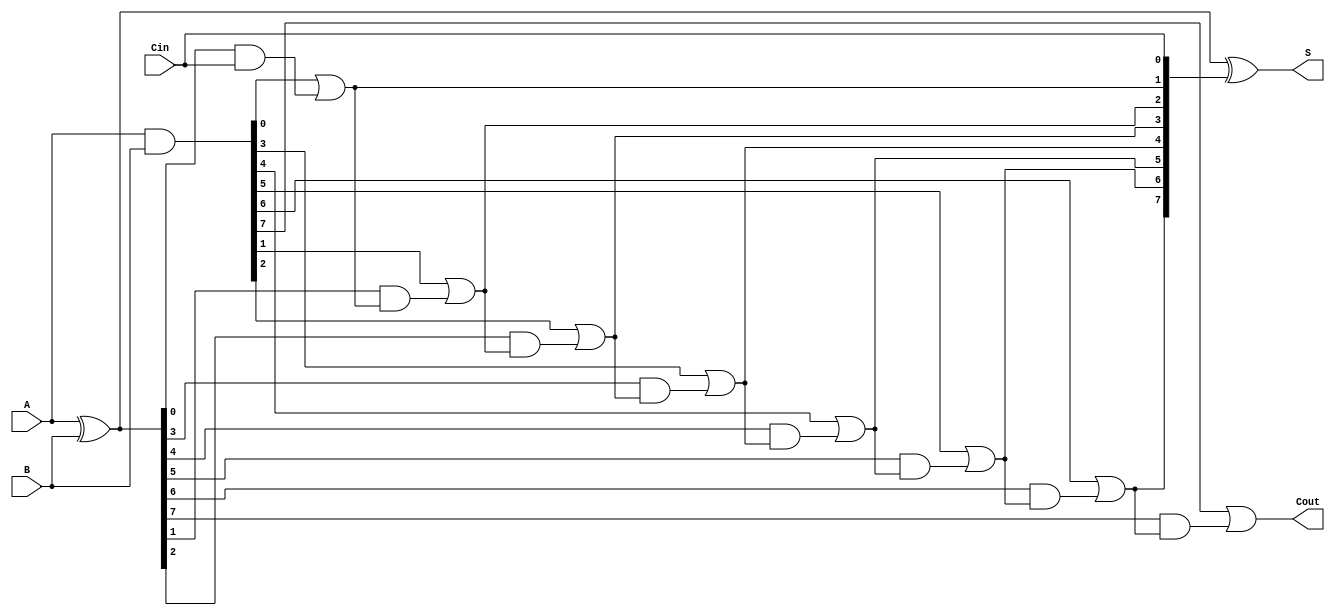
module brent_kung_adder #(parameter N = 8) (
    input [N-1:0] A,      // First operand
    input [N-1:0] B,      // Second operand
    input Cin,            // Carry-in
    output [N-1:0] S,     // Sum output
    output Cout           // Carry-out
);

    wire [N-1:0] G;       // Generate signals
    wire [N-1:0] P;       // Propagate signals
    wire [N:0] C;         // Carry signals (C[0] = Cin)

    // Generate and propagate signals
    assign G = A & B;          // Generate
    assign P = A ^ B;          // Propagate
    assign C[0] = Cin;         // Carry-in

    // Carry generation using Brent-Kung logic
    genvar i, j;
    generate
        // Level 1
        for (i = 0; i < N; i = i + 1) begin : level1
            if (i == 0) begin
                assign C[i + 1] = G[i] | (P[i] & C[i]);
            end else begin
                assign C[i + 1] = G[i] | (P[i] & C[i]);
            end
        end

        // Additional levels for carry computation
        for (j = 1; j < N; j = j + 1) begin : levels
            for (i = 0; i < N - j; i = i + 1) begin : carry_levels
                assign C[i + j + 1] = G[i + j] | (P[i + j] & C[i + j]);
            end
        end
    endgenerate

    // Sum calculation
    assign S = P ^ C[N-1:0]; // Sum bits
    assign Cout = C[N];      // Final carry-out

endmodule